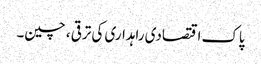
پاک اقتصادی راہداری کی ترقی ، چین۔